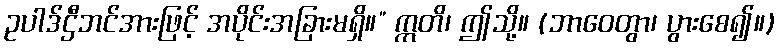
ဥပါဒ်ဌီဘင်အားဖြင့် အပိုင်းအခြားမရှိ။” ဣတိ၊ ဤသို့။ (ဘာဝေတွာ၊ ပွားစေ၍။)